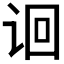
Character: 𬣬